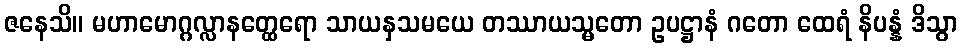
ဇနေသိ။ မဟာမောဂ္ဂလ္လာနတ္ထေရော သာယနှသမယေ တဿာယသ္မတော ဥပဋ္ဌာနံ ဂတော ထေရံ နိပန္နံ ဒိသွာ